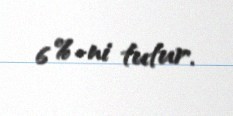
6 %-ni tutur.